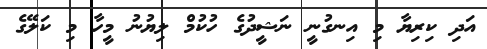
އަދި ކިރިޔާ މި އިނގުނީ ނަޝީދުގެ ހުކުމް ލިޔުނު މީހާ މި ކަލޭގެ